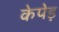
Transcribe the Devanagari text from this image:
केपेड़